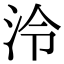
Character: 泠